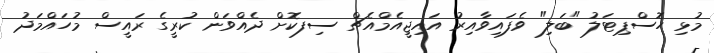
މުޅި ހޮސްޕިޓަލު "ބަލި" ވެފައިވާއިރު އައިޖީއެމްއެޗް ސިފކޮށް ދެއްވަން ކުރީގެ ރައީސް މުހައްމަދު